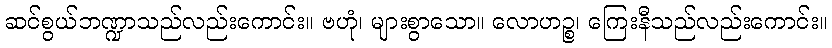
ဆင်စွယ်ဘဏ္ဍာသည်လည်းကောင်း။ ဗဟုံ၊ များစွာသော။ လောဟဉ္စ၊ ကြေးနီသည်လည်းကောင်း။